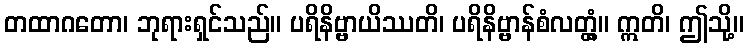
တထာဂတော၊ ဘုရားရှင်သည်။ ပရိနိဗ္ဗာယိဿတိ၊ ပရိနိဗ္ဗာန်စံလတ္တံ့။ ဣတိ၊ ဤသို့။